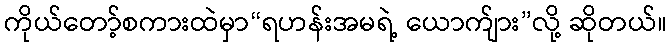
ကိုယ်တော့်စကားထဲမှာ“ရဟန်းအမရဲ့ ယောက်ျား”လို့ ဆိုတယ်။